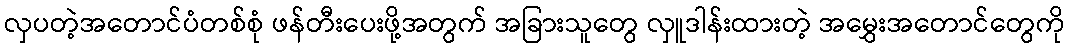
လှပတဲ့အတောင်ပံတစ်စုံ ဖန်တီးပေးဖို့အတွက် အခြားသူတွေ လှူဒါန်းထားတဲ့ အမွှေးအတောင်တွေကို